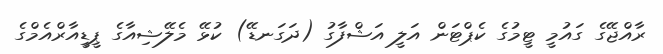
ރާއްޖޭގެ ގައުމީ ޓީމުގެ ކެޕްޓަން އަލީ އަޝްފާގު (ދަގަނޑޭ) ކުޅޭ މެލޭޝިއާގެ ޕީޑީއާރްއެމްގެ